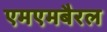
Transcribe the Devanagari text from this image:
एमएमबैरल